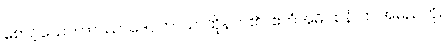
စောင့်သော။ တဿာဒေဝတာယ၊ ထိုနတ်၏။ ဧတံအဓိဝစနံ၊ ဤအမည်ကို။